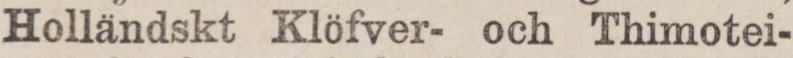
Holländskt Klöfver- och Thimotei-